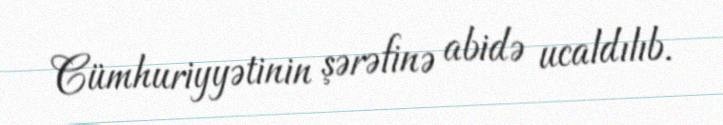
Cümhuriyyətinin şərəfinə abidə ucaldılıb.